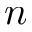
n